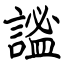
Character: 謐